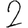
Digit: 2